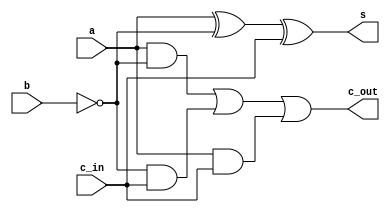
`timescale 1ns/1ps
module subtractor (a, b, c_in, s, c_out);
    input a;
    input b;
    input c_in;
    output s;
    output c_out;

    assign s = (a ^ (~b) ^ c_in);
    assign c_out = (a & ~b) | ((~b) & c_in) | (a & c_in);

endmodule

module four_bit_subtractor(a, b, c_in, s, c_out);
    input [3:0] a, b;
    input c_in;
    output [3:0] s;
    output c_out;

    wire [3:0] c;
    subtractor adder0 (a[0], b[0], c_in, s[0], c[0]);
    subtractor adder1 (a[1], b[1], c[0], s[1], c[1]);
    subtractor adder2 (a[2], b[2], c[1], s[2], c[2]);
    subtractor adder3 (a[3], b[3], c[2], s[3], c[3]);
    assign c_out = c[3];

endmodule



module eight_bit_subtractor(a, b, s, c_out);

    input [7:0] a, b;
    output [7:0] s;
    output c_out;

    
    wire [1:0] c;
    four_bit_subtractor sub0 (a[3:0], b[3:0], 1'b1, s[3:0], c[0]);
    four_bit_subtractor sub1 (a[7:4], b[7:4], c[0], s[7:4], c[1]);
    assign c_out = c[1];

    

endmodule 


module tb;

    reg [7:0] A, B;
    wire [7:0] S;
    wire C_out;

    eight_bit_subtractor sub(A, B, S, C_out);

    initial begin
        $dumpfile("_8bit_sub.vcd");
        $dumpvars(0,tb);
        A = 0;
        B = 0;
        #5;
        $display("A = %b, B = %b, S = %b, Carry = %b", A, B, S, C_out);

        A = 0;
        B = 1;
        #5;
        $display("A = %b, B = %b, S = %b, Carry = %b", A, B, S, C_out);

        A = 1;
        B = 0;
        #5;
        $display("A = %b, B = %b, S = %b, Carry = %b", A, B, S, C_out);

        A = 2;
        B = 1;
        #5;
        $display("A = %b, B = %b, S = %b, Carry = %b", A, B, S, C_out);       

    end

endmodule